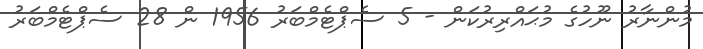
މުންނާރު ނޫހުގެ މުޙައްރިރުކަން - 5 ސެޕްޓެމްބަރު 1956 ން 28 ސެޕްޓެމްބަރު